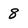
Character: 8